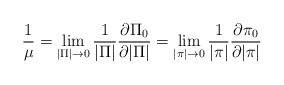
\begin{align*}\frac{1}{\mu}=\lim_{|\Pi|\rightarrow0}\frac{1}{|\Pi|}\frac{\partial \Pi_0}{\partial|\Pi|}=\lim_{|\pi|\rightarrow 0}\frac{1}{|\pi|}\frac{\partial\pi_0}{\partial |\pi|}\end{align*}